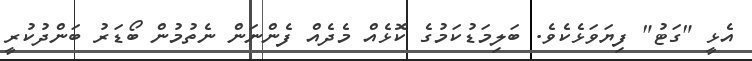
އެޅީ "ގަޓު" ފިޔަވަޅެކެވެ. ބަލިމަޑުކަމުގެ ކޮޅެއް މެދެއް ފެންނަން ނެތުމުން ބޯޑަރު ބަންދުކުރީ